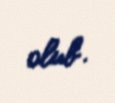
olub.